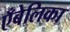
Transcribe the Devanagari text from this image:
एँबेलिका